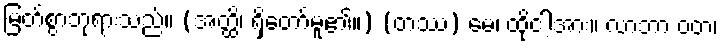
မြတ်စွာဘုရားသည်။ (အတ္ထိ၊ ရှိတော်မူ၏။) (တဿ) မေ၊ ထိုငါ့အား။ လာဘာ ဝတ၊